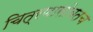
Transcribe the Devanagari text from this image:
चित्रणासोबतच